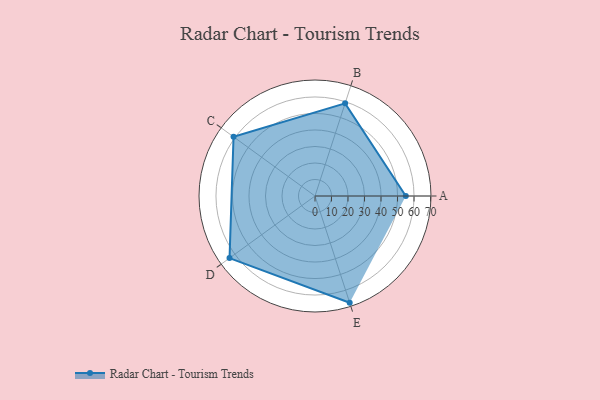
{"axis": {"x": "Skill", "y": "Score"}, "legend": ["Profile"], "data": [{"x": "A", "y": 55.0, "type": "Profile"}, {"x": "B", "y": 59.0, "type": "Profile"}, {"x": "C", "y": 61.0, "type": "Profile"}, {"x": "D", "y": 64.0, "type": "Profile"}, {"x": "E", "y": 68.0, "type": "Profile"}]}